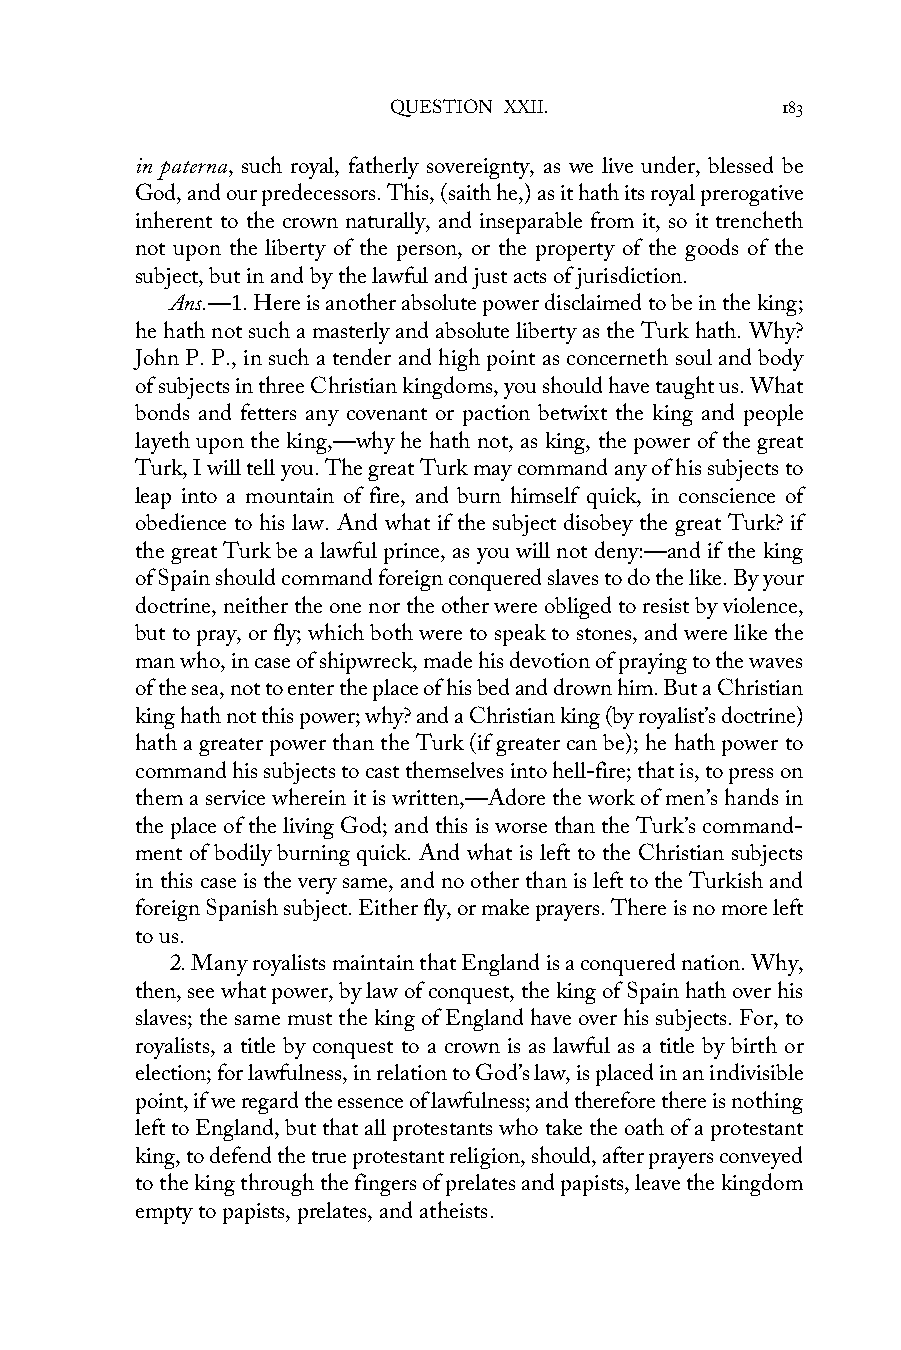
QUESTION XXII.            183
 in paterna, such royal, fatherly sovereignty, as we live under, blessed be
 God, and our predecessors. This, (saith he,) as it hath its royal prerogative
 inherent to the crown naturally, and inseparable from it, so it trencheth
 not upon the liberty of the person, or the property of the goods of the
 subject, but in and by the lawful and just acts of jurisdiction.
 Ans.—1. Here is another absolute power disclaimed to be in the king;
 he hath not such a masterly and absolute liberty as the Turk hath. Why?
 John P. P., in such a tender and high point as concerneth soul and body
 of subjects in three Christian kingdoms, you should have taught us. What
 bonds and fetters any covenant or paction betwixt the king and people
 layeth upon the king,—why he hath not, as king, the power of the great
 Turk, I will tell you. The great Turk may command any of his subjects to
 leap into a mountain of fire, and burn himself quick, in conscience of
 obedience to his law. And what if the subject disobey the great Turk? if
 the great Turk be a lawful prince, as you will not deny:—and if the king
 of Spain should command foreign conquered slaves to do the like. By your
 doctrine, neither the one nor the other were obliged to resist by violence,
 but to pray, or fly; which both were to speak to stones, and were like the
 man who, in case of shipwreck, made his devotion of praying to the waves
 of the sea, not to enter the place of his bed and drown him. But a Christian
 king hath not this power; why? and a Christian king (by royalist’s doctrine)
 hath a greater power than the Turk (if greater can be); he hath power to
 command his subjects to cast themselves into hell-fire; that is, to press on
 them a service wherein it is written,—Adore the work of men’s hands in
 the place of the living God; and this is worse than the Turk’s command-
 ment of bodily burning quick. And what is left to the Christian subjects
 in this case is the very same, and no other than is left to the Turkish and
 foreign Spanish subject. Either fly, or make prayers. There is no more left
 to us.
 2. Many royalists maintain that England is a conquered nation. Why,
 then, see what power, by law of conquest, the king of Spain hath over his
 slaves; the same must the king of England have over his subjects. For, to
 royalists, a title by conquest to a crown is as lawful as a title by birth or
 election; for lawfulness, in relation to God’s law, is placed in an indivisible
 point, if we regard the essence of lawfulness; and therefore there is nothing
 left to England, but that all protestants who take the oath of a protestant
 king, to defend the true protestant religion, should, after prayers conveyed
 to the king through the fingers of prelates and papists, leave the kingdom
 empty to papists, prelates, and atheists.